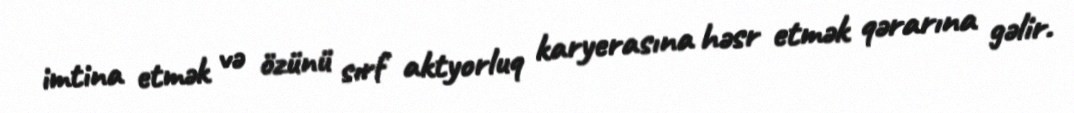
imtina etmək və özünü sırf aktyorluq karyerasına həsr etmək qərarına gəlir.